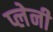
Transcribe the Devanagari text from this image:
प्लेनी